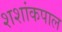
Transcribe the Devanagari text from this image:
शशांकपाल